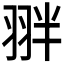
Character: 𮶉